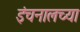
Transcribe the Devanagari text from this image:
इंचनालच्या